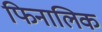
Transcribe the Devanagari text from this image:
फिनालिक